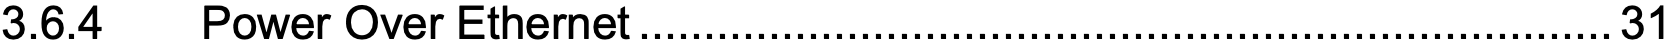
3.6.4  Power Over Ethernet...........................................................................31